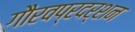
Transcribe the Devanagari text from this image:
गौरवप्रदर्शन